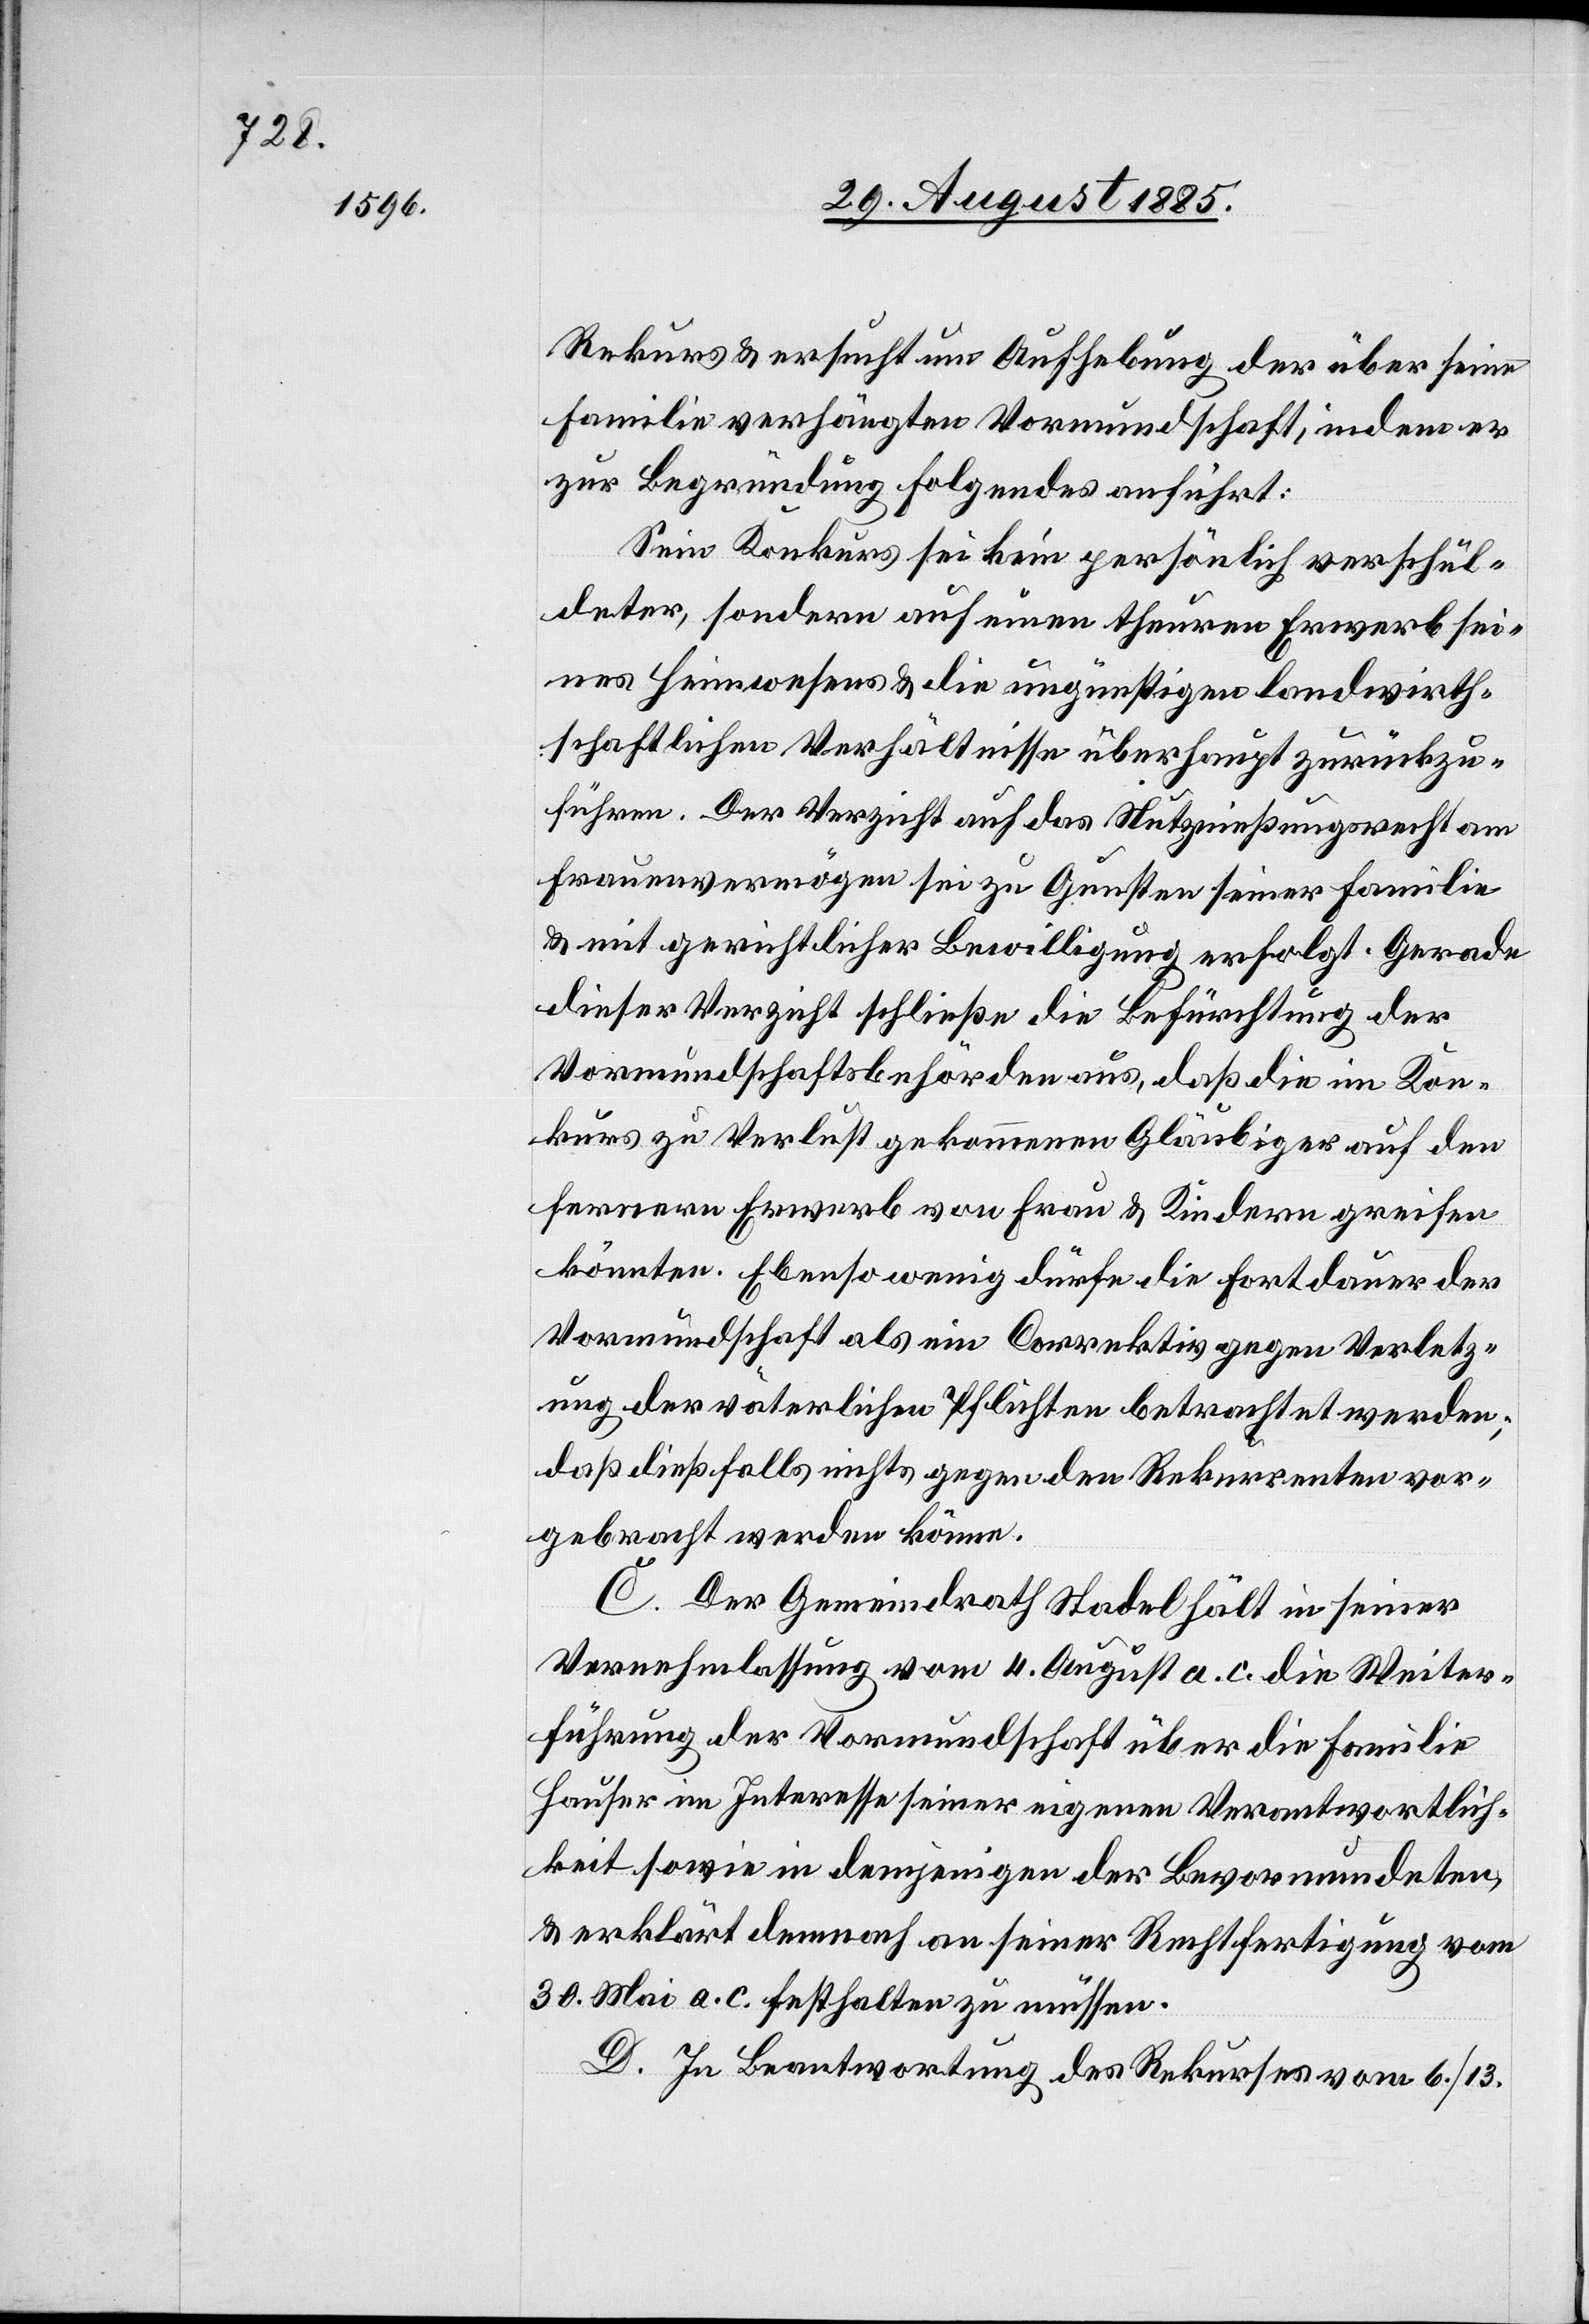
Rekurs & ersucht um Aufhebung der über seine
Familie verhängten Vormundschaft, indem er
zur Begründung Folgendes anführt:
Sein Konkurs sei kein persönlich verschul¬
deter, sondern auf einen theuren Erwerb sei¬
nes Heimwesen & die ungünstigen landwirth¬
schaftlichen Verhältnisse überhaupt zurückzu¬
führen. Der Verzicht auf das Nutznießungsrecht am
Frauenvermögen sei zu Gunsten seiner Familie
& mit gerichtlicher Bewilligung erfolgt. Gerade
dieser Verzicht schließe die Befürchtung der
Vormundschaftsbehörden aus, daß die im Kon¬
kurs zu Verlust gekommenen Gläubiger auf den
fernern Erwerb von Frau & Kindern greifen
könnten. Ebenso wenig dürfe die Fortdauer der
Vormundschaft als ein Correktiv gegen Verletz¬
ung der väterlichen Pflichten betrachtet werden;
daß dießfalls nichts gegen den Rekurrenten vor¬
gebracht werden könne.
C. Der Gemeindrath Stadel hält in seiner
Vernehmlassung vom 4. August a. c. die Weiter¬
führung der Vormundschaft über die Familie
Hauser im Interesse seiner eigenen Verantwortlich¬
keit sowie in demjenigen der Bevormundeten,
& erklärt demnach an seiner Rechtfertigung vom
30. Mai a. c. festhalten zu müssen.
D. In Beantwortung des Rekurses vom 6./13.